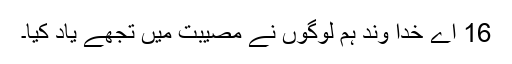
16 اے خدا وند ہم لوگوں نے مصیبت میں تجھے یاد کیا۔